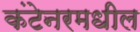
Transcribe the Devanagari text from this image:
कंटेनरमधील